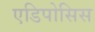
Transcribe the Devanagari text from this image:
एडिपोसिस